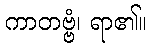
ကာတဗ္ဗံ၊ ရာ၏။